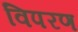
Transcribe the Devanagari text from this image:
विपरण